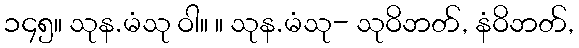
၁၄၅။ သုန.မံသု ဝါ။ ။ သုန.မံသု- သုဝိဘတ်, နံဝိဘတ်,